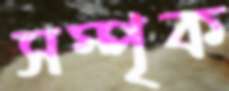
সম্পৃক